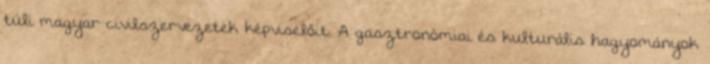
túli magyar civilszervezetek képviselőit. A gasztronómiai és kulturális hagyományok